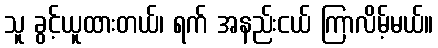
သူ ခွင့်ယူထားတယ်၊ ရက် အနည်းငယ် ကြာလိမ့်မယ်။